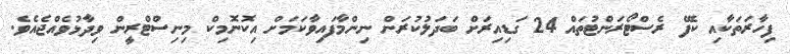
ފިހާރަތަކާއި ކެފޭ ރެސްޓޯރަންޓުތައް 24 ގަޑިއިރަށް ބަދަލުކުރަން ނިންމާފައިވާކަމަށް އިކޮނޮމިކް މިނިސްޓްރީން ވިދާޅުވެއްޖެއެވެ.